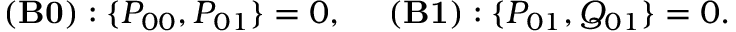
\begin{array} { r } { { \bf ( B 0 ) } : \{ P _ { 0 0 } , P _ { 0 1 } \} = 0 , ~ ~ ~ ~ { \bf ( B 1 ) } : \{ P _ { 0 1 } , Q _ { 0 1 } \} = 0 . } \end{array}